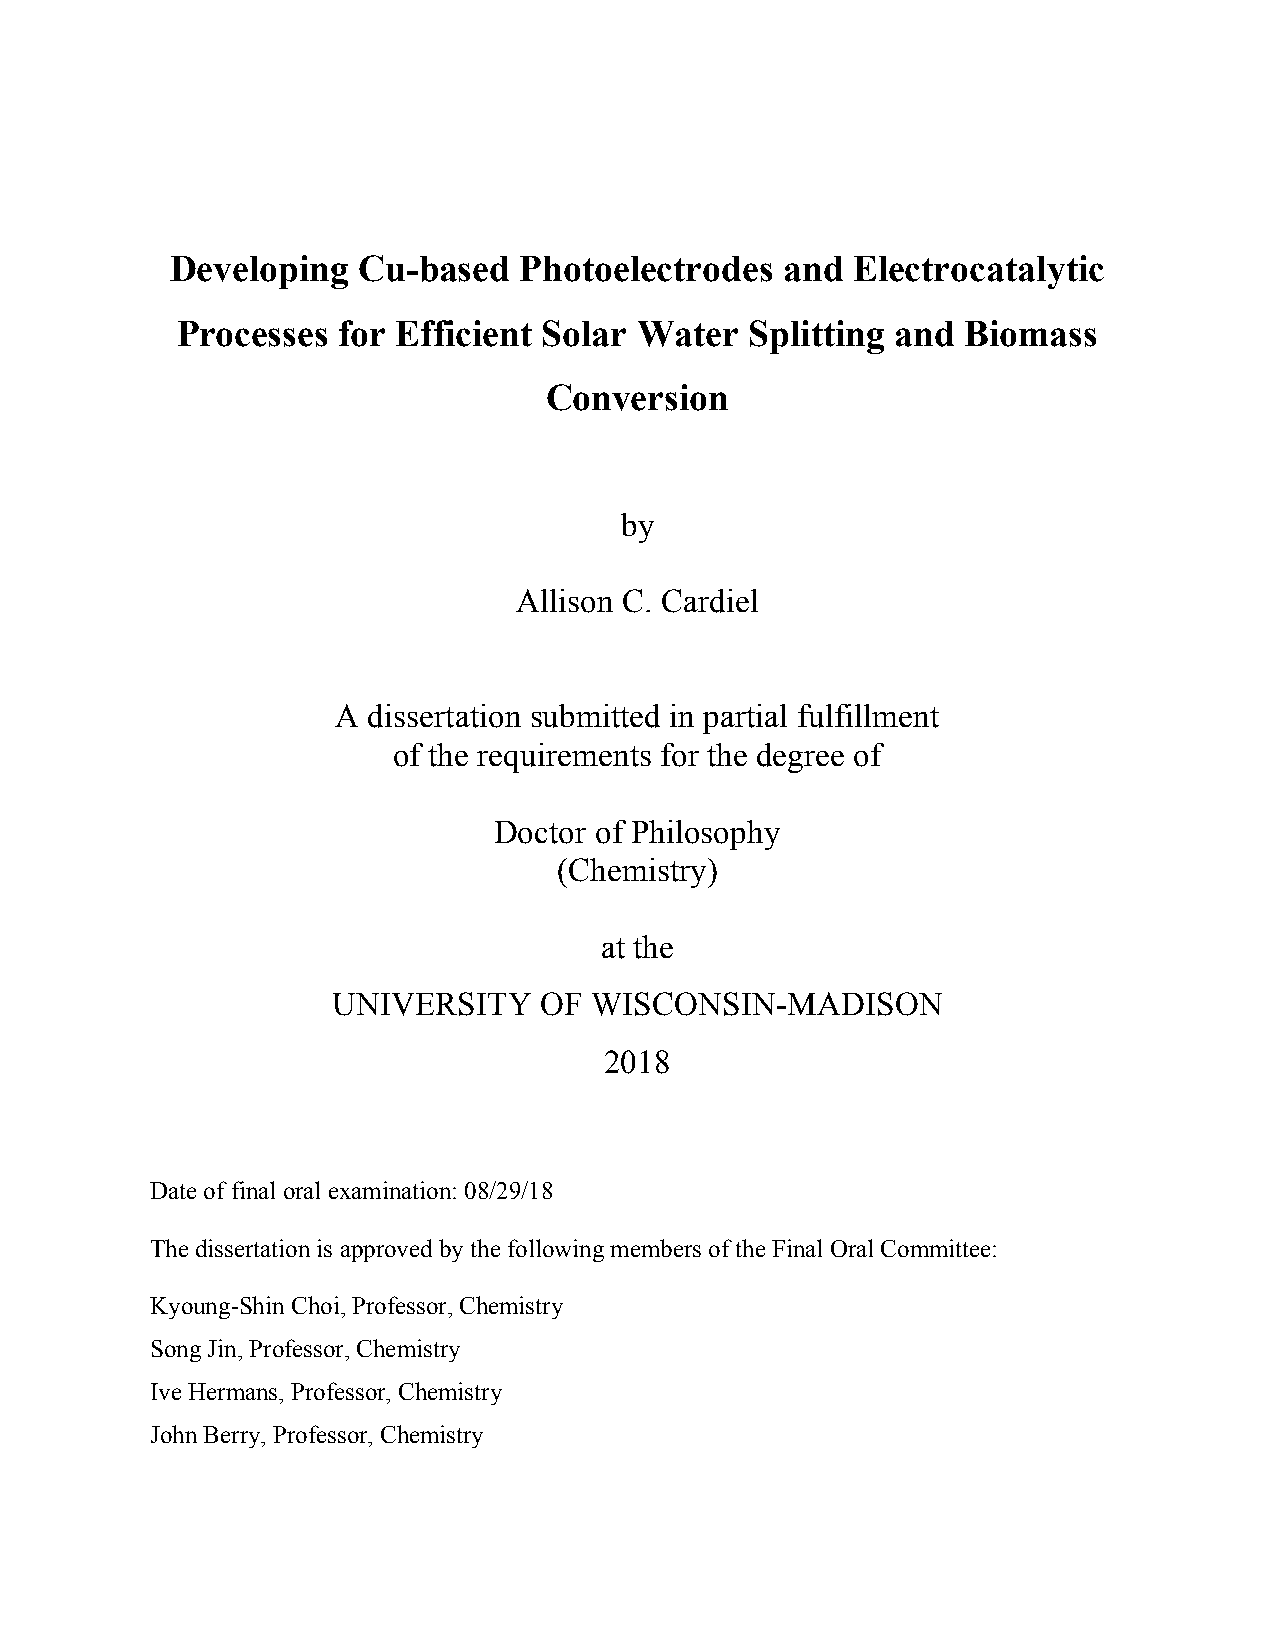
Developing   Cu-based  Photoelectrodes   and Electrocatalytic
 Processes for Efficient Solar Water   Splitting and Biomass
 Conversion
 by
 Allison C. Cardiel
 A dissertation submitted in partial fulfillment
 of the requirements for the degree of
 Doctor of Philosophy
 (Chemistry)
 at the
 UNIVERSITY    OF WISCONSIN-MADISON
 2018
 Date of final oral examination: 08/29/18
 The dissertation is approved by the following members of the Final Oral Committee:
 Kyoung-Shin Choi, Professor, Chemistry
 Song Jin, Professor, Chemistry
 Ive Hermans, Professor, Chemistry
 John Berry, Professor, Chemistry